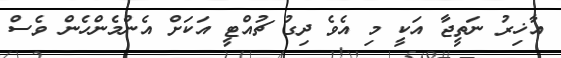
އާޚިރު ނަތީޖާ އަކީ މި އެވެ ދިގު ޗުއްޓީ އަކަށް އެންމެންހެން ވެސް